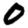
Digit: 0